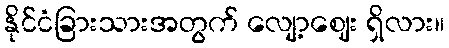
နိုင်ငံခြားသားအတွက် လျော့ဈေး ရှိလား။